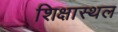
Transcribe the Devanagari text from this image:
शिक्षास्थल